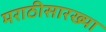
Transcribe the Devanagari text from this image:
मराठीसारख्या